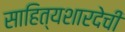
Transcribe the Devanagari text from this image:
साहित्यशारदेची